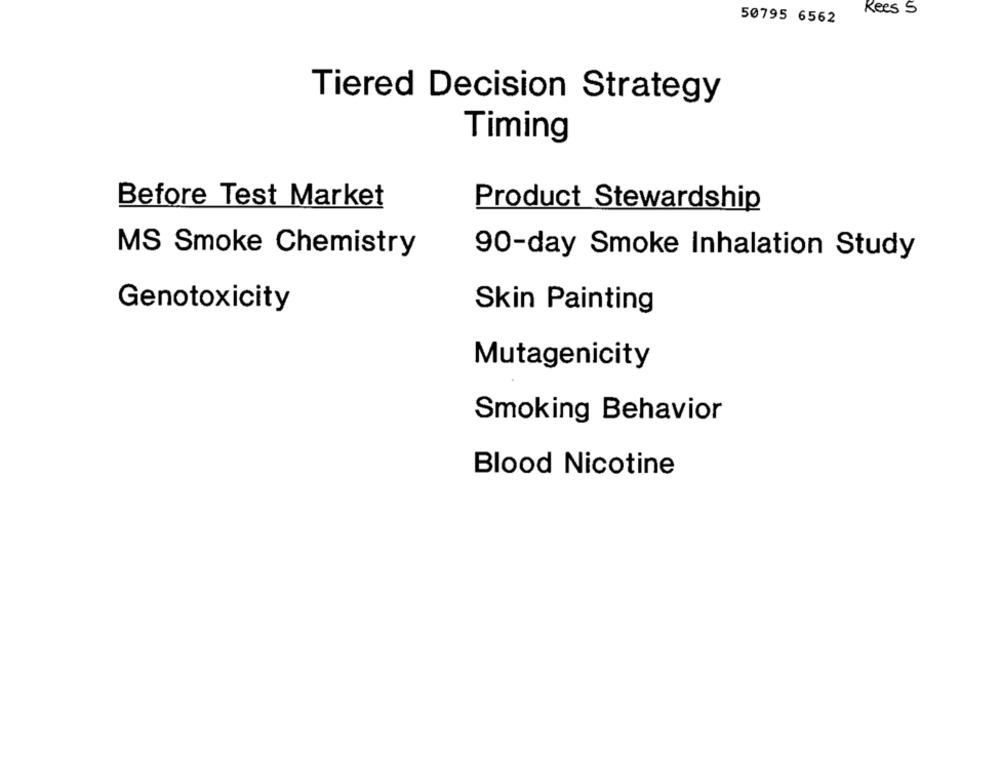
Kees S
50795 6562
Tiered Decision Strategy
Timing
Before Test Market
Product Stewardship
MS Smoke Chemistry
90-day Smoke Inhalation Study
Genotoxicity
Skin Painting
Mutagenicity
Smoking Behavior
Blood Nicotine